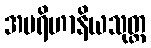
အပရိဟာနိယသုတ္တ